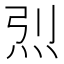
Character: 𱪼